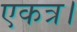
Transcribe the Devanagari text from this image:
एकत्र।